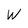
Character: W